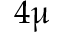
4 \upmu